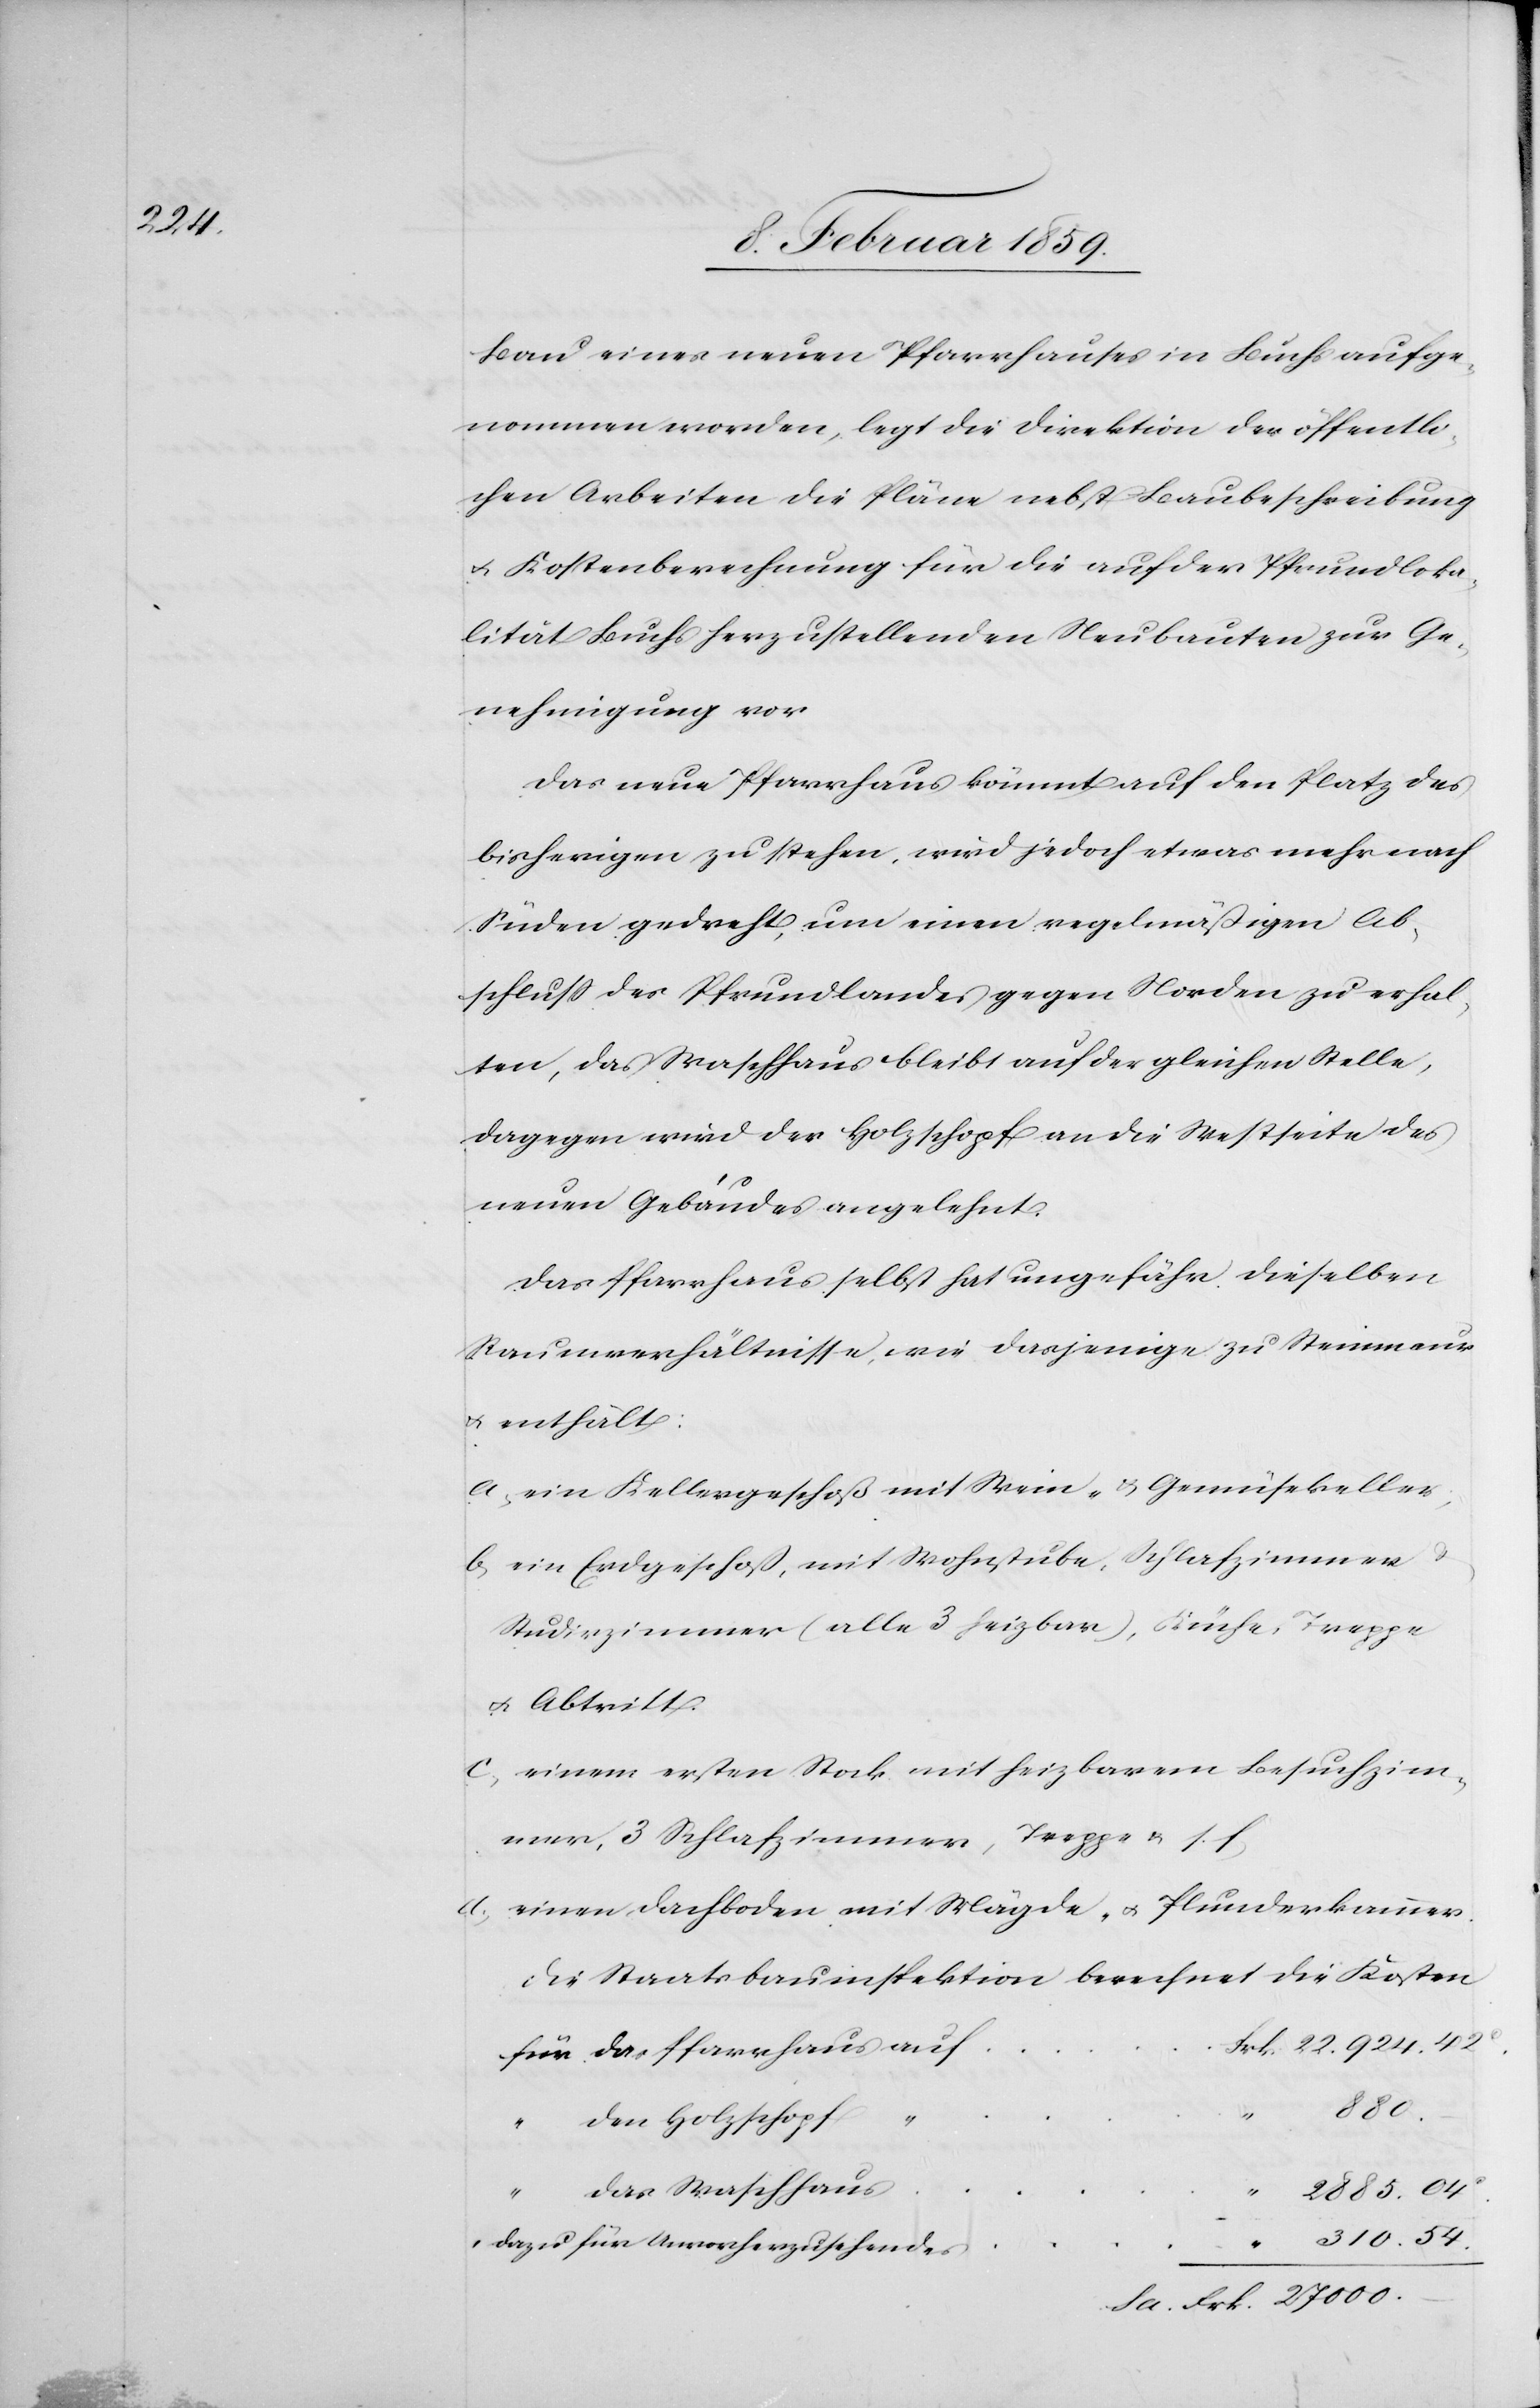
Bau eines neuen Pfarrhauses in Buchs aufge¬
nommen worden, legt die Direktion der öffentli¬
chen Arbeiten die Pläne nebst Baubeschreibung
u. Kostenberechnung für die auf der Pfrundloka¬
lität Buchs herzustellenden Neubauten zur Ge¬
nehmigung vor.
Das neue Pfarrhaus kömmt auf den Platz des
bisherigen zu stehen, wird jedoch etwas mehr nach
Süden gedreht, um einen regelmäßigen Ab¬
schluß des Pfrundlandes gegen Norden zu erhal¬
ten, das Waschhaus bleibt auf der gleichen Stelle,
dagegen wird der Holzschopf an die Westseite des
neuen Gebäudes angelehnt.
Das Pfarrhaus selbst hat ungefähr dieselben
Raumverhältnisse, wie dasjenige zu Steinmaur
u. enthält:
a, ein Kellergeschoß mit Wein- & Gemüsekeller;
b, ein Erdgeschoß, mit Wohnstube, Schlafzimmer u.
Studirzimmer (alle 3 heizbar), Küche, Treppe
u. Abtritt.
c, einem ersten Stock mit heizbarem Besuchzim¬
mer, 3 Schlafzimmer, Treppe u. s.
d, einen Dachboden mit Mägde- u. Plunderkammer.
Die Staatsbauinspektion berechnet die Kosten
27000.
“
den Holzschopf
das Waschhaus
für Unvorherzusehendes